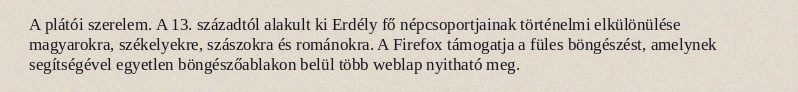
A plátói szerelem. A 13. századtól alakult ki Erdély fő népcsoportjainak történelmi elkülönülése magyarokra, székelyekre, szászokra és románokra. A Firefox támogatja a füles böngészést, amelynek segítségével egyetlen böngészőablakon belül több weblap nyitható meg.